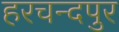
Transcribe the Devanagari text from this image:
हरचन्‍दपुर